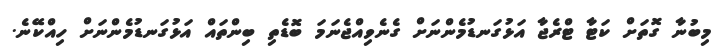
މިބުނާ ގޮތަށް ކަޓާ ޓްރެޖާ އަޅުގަނޑުމެންނަށް ގެނެވިއްޖެނަމަ ބޮޑެތި ބިންތައް އަޅުގަނޑުމެންނަށް ހިއްކޭނެ.